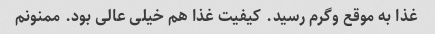
غذا به موقع وگرم رسید. کیفیت غذا هم خیلی عالی بود. ممنونم